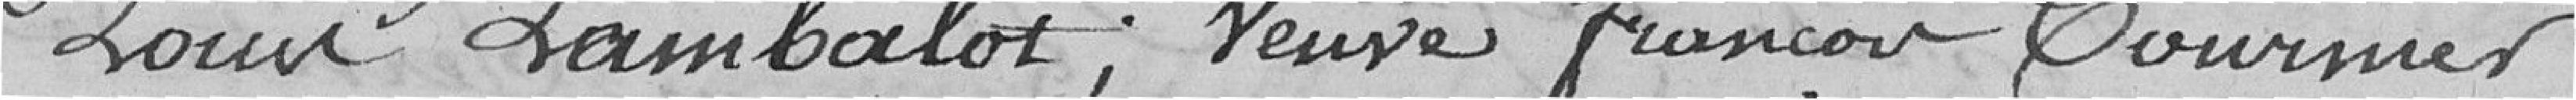
Louis Lambalot ; veuve François Tournier ;